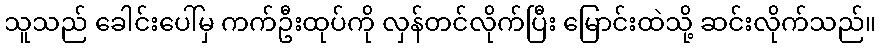
သူသည် ခေါင်းပေါ်မှ ကက်ဦးထုပ်ကို လှန်တင်လိုက်ပြီး မြောင်းထဲသို့ ဆင်းလိုက်သည်။